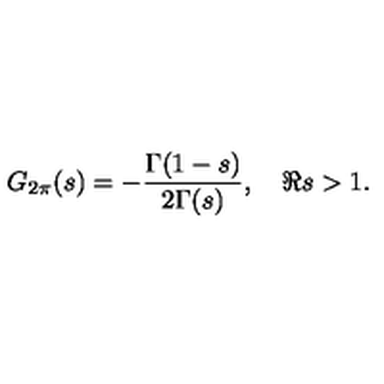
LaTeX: G _ { 2 \pi } ( s ) = - \frac { \Gamma ( 1 - s ) } { 2 \Gamma ( s ) } , \quad \Re s > 1 .